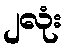
၂လုံး